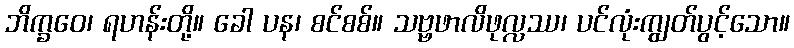
ဘိက္ခဝေ၊ ရဟန်းတို့။ ခေါ ပန၊ စင်စစ်။ သဗ္ဗဖာလိဖုလ္လဿ၊ ပင်လုံးကျွတ်ပွင့်သော။